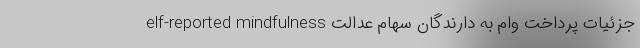
elf-reported mindfulness جزئیات پرداخت وام به دارندگان سهام عدالت